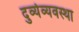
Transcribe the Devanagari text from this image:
दुर्व्यव्यवस्था